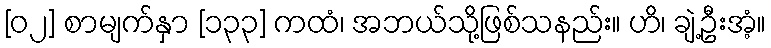
[၀၂] စာမျက်နှာ [၁၃၃] ကထံ၊ အဘယ်သို့ဖြစ်သနည်း။ ဟိ၊ ချဲ့ဦးအံ့။